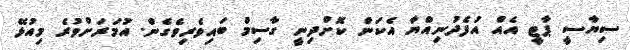
ސިޔާސީ ޕާޓީ އެއް އުފެދުނިއްޔާ އެކަން ކޮށްދިނީ ގާސިމް ބައިވެރިވެގެން. އުމަރަށްވުރެ މިއުޅޭ